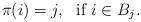
LaTeX: \begin{align*}\pi (i)=j, \ \ \mbox{if $i \in B_j$}.\end{align*}